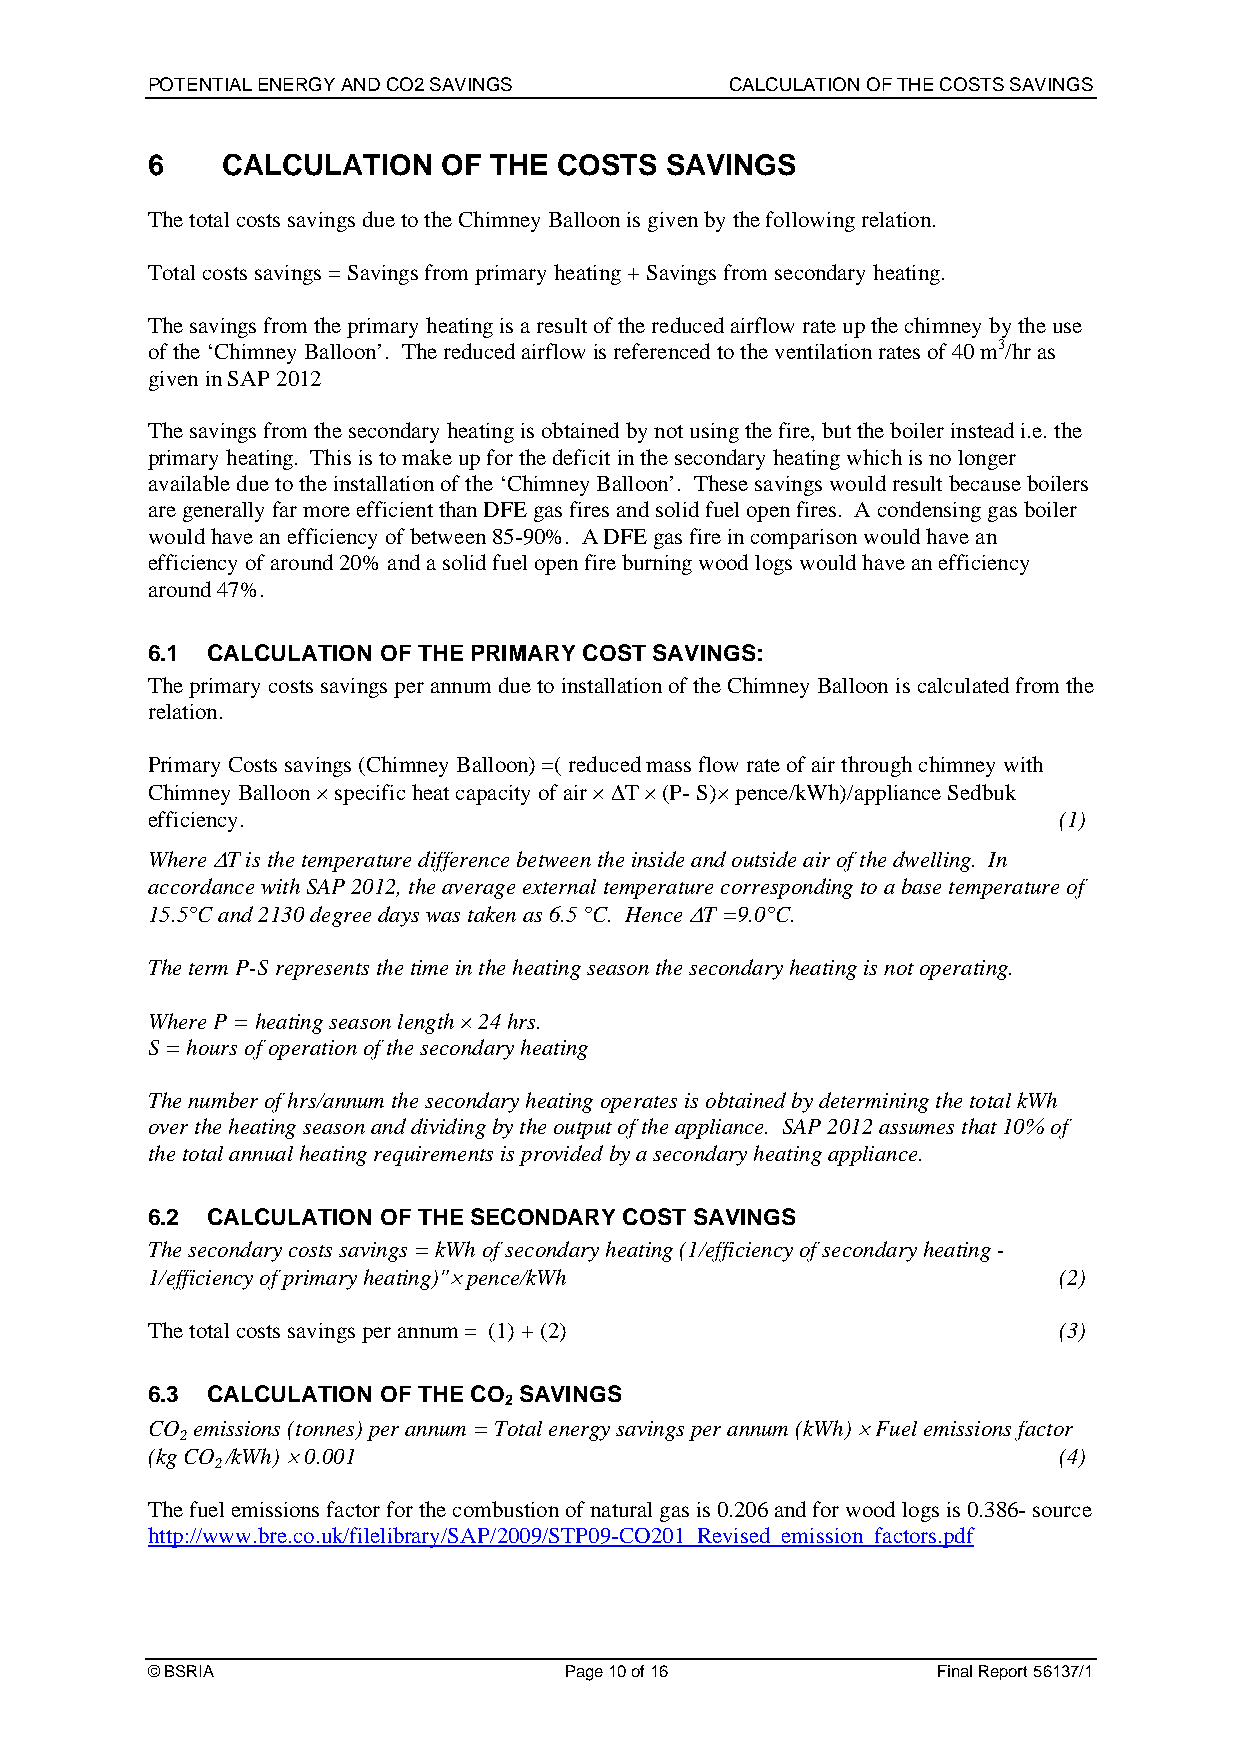
POTENTIAL ENERGY AND CO2 SAVINGS      CALCULATION OF THE COSTS SAVINGS
 6    CALCULATION   OF THE  COSTS  SAVINGS
 The total costs savings due to the Chimney Balloon is given by the following relation.
 Total costs savings = Savings from primary heating + Savings from secondary heating.
 The savings from the primary heating is a result of the reduced airflow rate up the chimney by the use
 of the ‘Chimney Balloon’. The reduced airflow is referenced to the ventilation rates of 40 m3/hr as
 given in SAP 2012
 The savings from the secondary heating is obtained by not using the fire, but the boiler instead i.e. the
 primary heating. This is to make up for the deficit in the secondary heating which is no longer
 available due to the installation of the ‘Chimney Balloon’. These savings would result because boilers
 are generally far more efficient than DFE gas fires and solid fuel open fires. A condensing gas boiler
 would have an efficiency of between 85-90%. A DFE gas fire in comparison would have an
 efficiency of around 20% and a solid fuel open fire burning wood logs would have an efficiency
 around 47%.
 6.1 CALCULATION OF THE PRIMARY COST SAVINGS:
 The primary costs savings per annum due to installation of the Chimney Balloon is calculated from the
 relation.
 Primary Costs savings (Chimney Balloon) =( reduced mass flow rate of air through chimney with
 Chimney Balloon  specific heat capacity of air  T  (P- S) pence/kWh)/appliance Sedbuk
 efficiency.                                                 (1)
 Where T is the temperature difference between the inside and outside air of the dwelling. In
 accordance with SAP 2012, the average external temperature corresponding to a base temperature of
 15.5°C and 2130 degree days was taken as 6.5 °C. Hence T =9.0°C.
 The term P-S represents the time in the heating season the secondary heating is not operating.
 Where P = heating season length  24 hrs.
 S = hours of operation of the secondary heating
 The number of hrs/annum the secondary heating operates is obtained by determining the total kWh
 over the heating season and dividing by the output of the appliance. SAP 2012 assumes that 10% of
 the total annual heating requirements is provided by a secondary heating appliance.
 6.2 CALCULATION OF THE SECONDARY COST SAVINGS
 The secondary costs savings = kWh of secondary heating (1/efficiency of secondary heating -
 1/efficiency of primary heating)" pence/kWh                (2)
 The total costs savings per annum = (1) + (2)               (3)
 6.3 CALCULATION OF THE CO SAVINGS
 2
 CO emissions (tonnes) per annum = Total energy savings per annum (kWh)  Fuel emissions factor
 2
 (kg CO /kWh)  0.001                                        (4)
 2
 The fuel emissions factor for the combustion of natural gas is 0.206 and for wood logs is 0.386- source
 http://www.bre.co.uk/filelibrary/SAP/2009/STP09-CO201_Revised_emission_factors.pdf
 © BSRIA                    Page 10 of 16            Final Report 56137/1